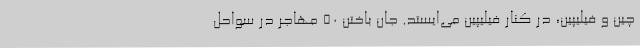
چین و فیلیپین، در کنار فیلیپین می‌ایستد. جان باختن ۵۰ مهاجر در سواحل